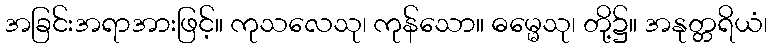
အခြင်းအရာအားဖြင့်။ ကုသလေသု၊ ကုန်သော။ ဓမ္မေသု၊ တို့၌။ အနုတ္တရိယံ၊